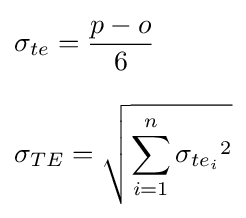
{\begin{aligned}&\sigma _{te}={\frac {p-o}{6}}\\[8pt]&\sigma _{TE}={\sqrt {\sum _{i=1}^{n}{\sigma _{te_{i}}}^{2}}}\end{aligned}}